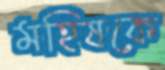
মহিষকে